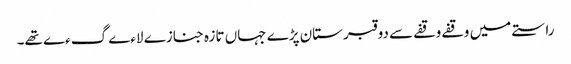
راستے میں وقفے وقفے سے دو قبرستان پڑے جہاں تازہ جنازے لاءے گءے تھے۔